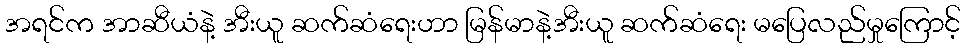
အရင်က အာဆီယံနဲ့ အီးယူ ဆက်ဆံရေးဟာ မြန်မာနဲ့အီးယူ ဆက်ဆံရေး မပြေလည်မှုကြောင့်